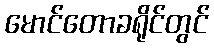
မောင်တောခရိုင်တွင်